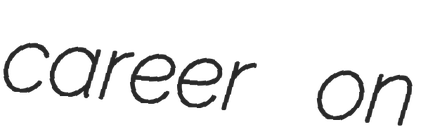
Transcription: career on